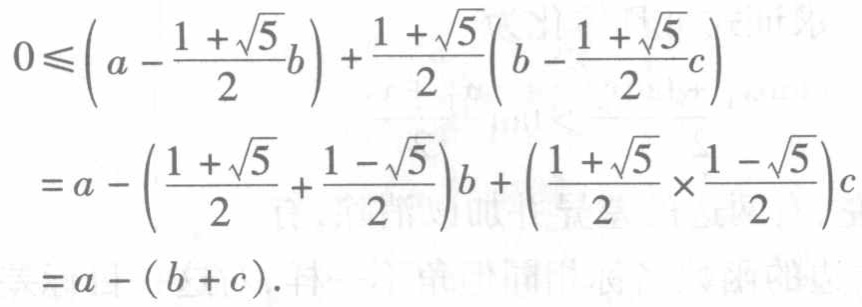
\[
\begin{align*}
0&\leqslant\left(a - \frac{1 + \sqrt{5}}{2}b\right)+\frac{1 + \sqrt{5}}{2}\left(b - \frac{1 + \sqrt{5}}{2}c\right)\\
&=a-\left(\frac{1 + \sqrt{5}}{2}+\frac{1 - \sqrt{5}}{2}\right)b+\left(\frac{1 + \sqrt{5}}{2}\times\frac{1 - \sqrt{5}}{2}\right)c\\
&=a-(b + c).
\end{align*}
\]